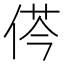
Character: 𠉾